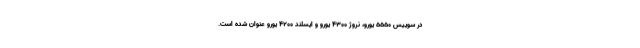
در سوییس ۵۵۵۰ یورو، نروژ ۴۳۰۰ یورو و ایسلند ۴۲۰۰ یورو عنوان شده است.